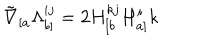
LaTeX: \tilde { \nabla } _ { [ a } \Lambda _ { b ] } ^ { i j } = 2 H _ { [ b } ^ { k j } H _ { a ] } ^ { i } { k }